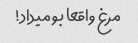
مرغ واقعا بو میداد!